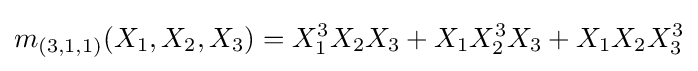
m_{(3,1,1)}(X_{1},X_{2},X_{3})=X_{1}^{3}X_{2}X_{3}+X_{1}X_{2}^{3}X_{3}+X_{1}X_{2}X_{3}^{3}